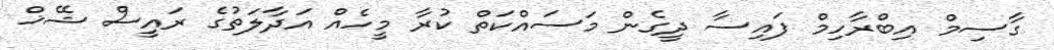
ގާސިމް އިބްރާހިމް ފައިސާ ދީގެން މަސައްކަތް ކުރާ މީހެއް އަދާލަތުގެ ރައީސް ޝޭޚް